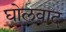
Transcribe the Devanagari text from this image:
घोलवाद